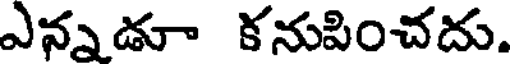
ఎన్నడూ కనుపించదు.